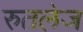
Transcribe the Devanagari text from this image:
रुतलेज